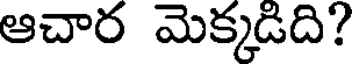
ఆచార మెక్కడిది?